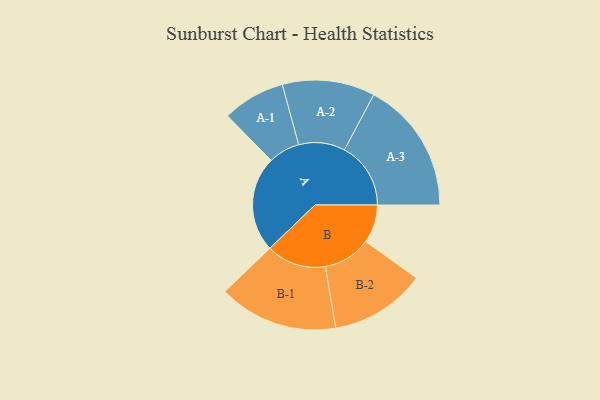
{"axis": {"x": "Segment", "y": "Value"}, "legend": ["", "A", "B"], "data": [{"x": "A", "y": 320, "type": ""}, {"x": "B", "y": 128, "type": ""}, {"x": "A-1", "y": 105, "type": "A"}, {"x": "A-2", "y": 155, "type": "A"}, {"x": "A-3", "y": 222, "type": "A"}, {"x": "B-1", "y": 200, "type": "B"}, {"x": "B-2", "y": 160, "type": "B"}]}